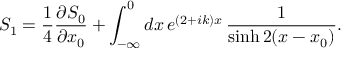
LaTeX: S _ { 1 } = \frac { 1 } { 4 } \frac { \partial S _ { 0 } } { \partial x _ { 0 } } + \int _ { - \infty } ^ { 0 } d x \, e ^ { ( 2 + i k ) x } \, \frac { 1 } { \sinh 2 ( x - x _ { 0 } ) } .